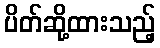
ပိတ်ဆို့ထားသည့်